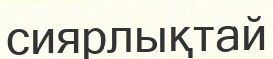
сиярлықтай